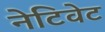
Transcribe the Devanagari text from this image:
नेटिवेट